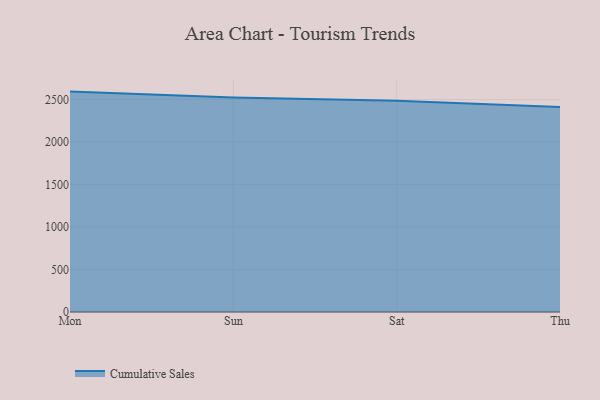
{"axis": {"x": "Day", "y": "Shipments"}, "legend": ["Cumulative Sales"], "data": [{"x": "Mon", "y": 2593.8, "type": "Cumulative Sales"}, {"x": "Sun", "y": 2522.9, "type": "Cumulative Sales"}, {"x": "Sat", "y": 2487.4, "type": "Cumulative Sales"}, {"x": "Thu", "y": 2411.3, "type": "Cumulative Sales"}]}